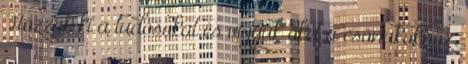
Hozzuk ki a tudósokat és vigyük őket a csónakokhoz.